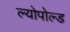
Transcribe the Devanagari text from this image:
ल्योपोल्ड